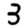
Digit: 3